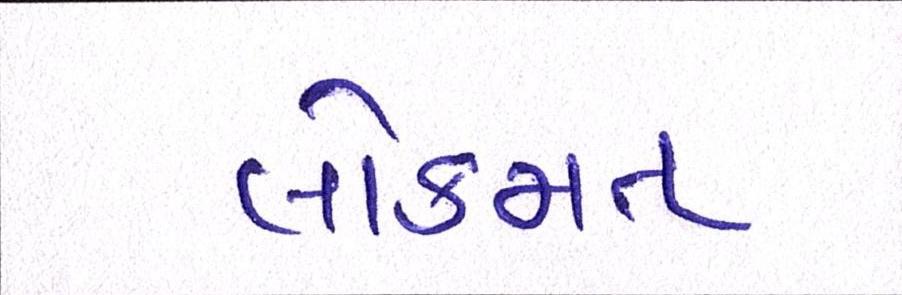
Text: લોકમત